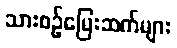
သားစဉ်မြေးဆက်များ